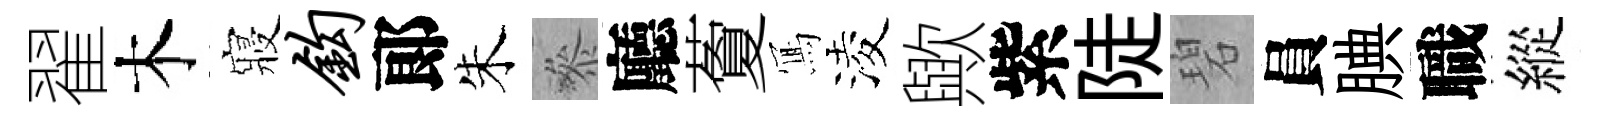
翟木寢钩郞朱叅廳藑𭂁淩歟紫陡碧員腆職縱